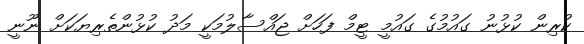
ކުރިން ކުޅުނު ގައުމުގެ ގައުމީ ޓީމް ފަހަށް ޖައްސާލުމަކީ މަދު ކުޅުންތެރިޔަކަށް ނޫނީ